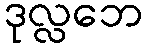
ဒုလ္လဘေ